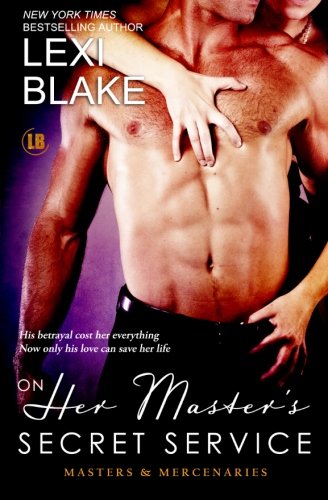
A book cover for On Her Master's Secret Service, Masters and Mercenaries, Book 4 (Volume 4); Lexi Blake; Romance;